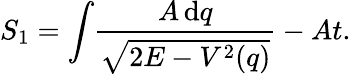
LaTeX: S_{1}=\int\! \frac{A\, \mathrm{d}q}{\sqrt{2E-V^{2}(q)}}-At.